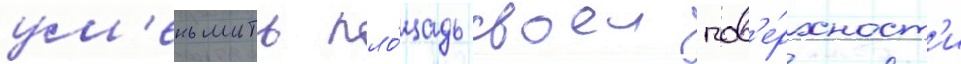
ум'еньшить пло́щадь своеи пов'е́рхност'и